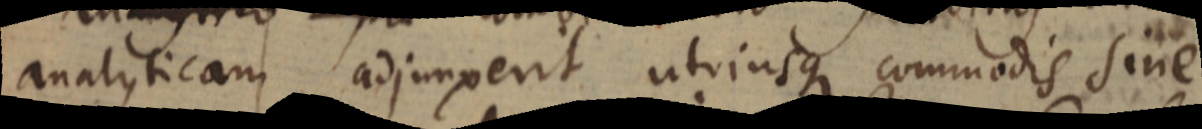
analyticam adjunxerit utriusque commodis sine